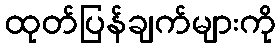
ထုတ်ပြန်ချက်များကို